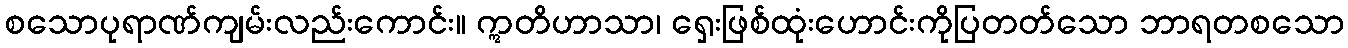
စသောပုရာဏ်ကျမ်းလည်းကောင်း။ ဣတိဟာသာ၊ ရှေးဖြစ်ထုံးဟောင်းကိုပြတတ်သော ဘာရတစသော